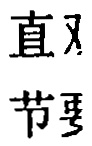
直叉
节奏